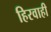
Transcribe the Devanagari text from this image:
हिरवाही